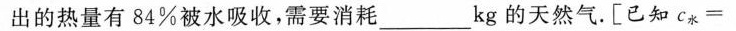
出的热量有84%被水吸收，需要消耗___kg的天然气。[已知$$c _ { 水 } =